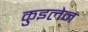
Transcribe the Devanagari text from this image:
कुइलेन